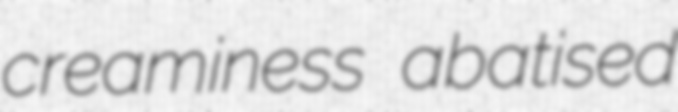
creaminess abatised